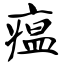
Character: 瘟